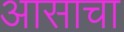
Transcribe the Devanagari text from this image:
आसाचा